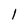
Character: l